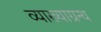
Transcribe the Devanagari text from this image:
व्याख्याग्रन्थ